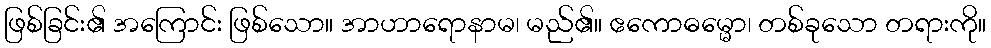
ဖြစ်ခြင်း၏ အကြောင်း ဖြစ်သော။ အာဟာရောနာမ၊ မည်၏။ ဧကောဓမ္မော၊ တစ်ခုသော တရားကို။